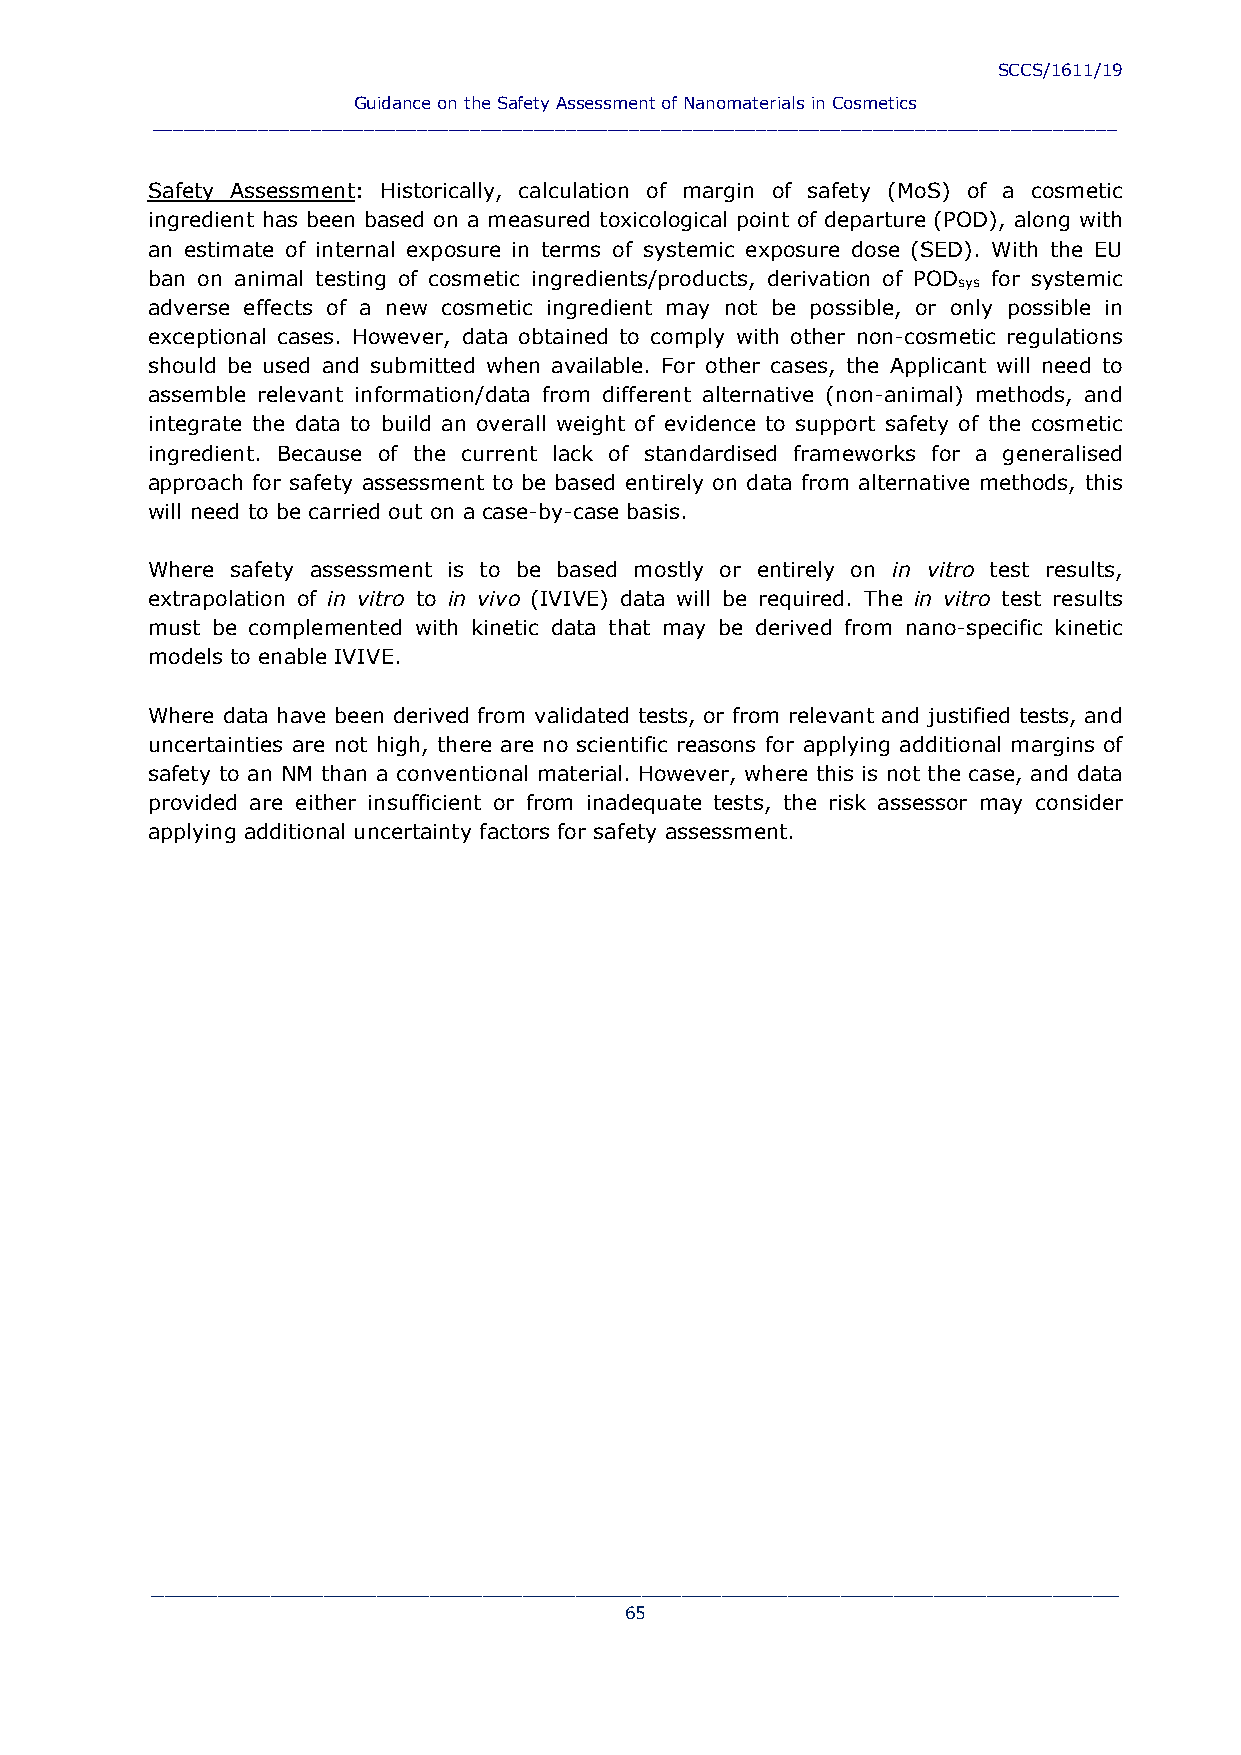
SCCS/1611/19
 Guidance on the Safety Assessment of Nanomaterials in Cosmetics
 ___________________________________________________________________________________________
 Safety Assessment: Historically, calculation of margin of safety (MoS) of a cosmetic
 ingredient has been based on a measured toxicological point of departure (POD), along with
 an estimate of internal exposure in terms of systemic exposure dose (SED). With the EU
 ban on animal testing of cosmetic ingredients/products, derivation of POD for systemic
 sys
 adverse effects of a new cosmetic ingredient may not be possible, or only possible in
 exceptional cases. However, data obtained to comply with other non-cosmetic regulations
 should be used and submitted when available. For other cases, the Applicant will need to
 assemble relevant information/data from different alternative (non-animal) methods, and
 integrate the data to build an overall weight of evidence to support safety of the cosmetic
 ingredient. Because of the current lack of standardised frameworks for a generalised
 approach for safety assessment to be based entirely on data from alternative methods, this
 will need to be carried out on a case-by-case basis.
 Where safety assessment is to be based mostly or entirely on in vitro test results,
 extrapolation of in vitro to in vivo (IVIVE) data will be required. The in vitro test results
 must be complemented with kinetic data that may be derived from nano-specific kinetic
 models to enable IVIVE.
 Where data have been derived from validated tests, or from relevant and justified tests, and
 uncertainties are not high, there are no scientific reasons for applying additional margins of
 safety to an NM than a conventional material. However, where this is not the case, and data
 provided are either insufficient or from inadequate tests, the risk assessor may consider
 applying additional uncertainty factors for safety assessment.
 _________________________________________________________________________
 65